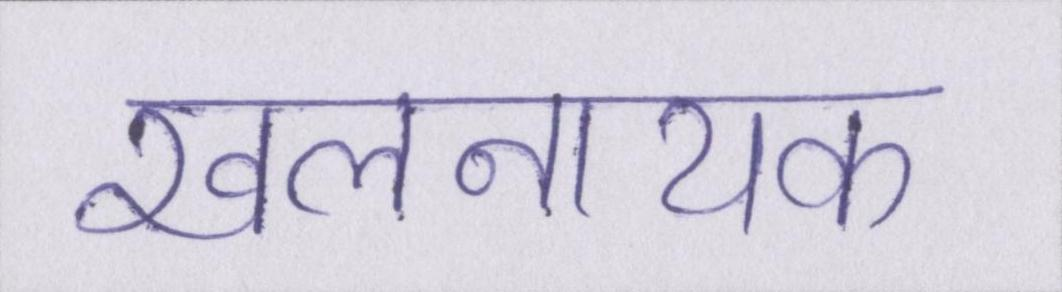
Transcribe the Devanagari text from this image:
खलनायक